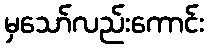
မှသော်လည်းကောင်း